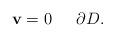
LaTeX: \begin{align*} \mathbf{v}=0\ \ \ \ \, \partial D.\end{align*}